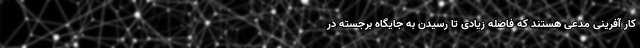
کار آفرینی مدعی هستند که فاصله زیادی تا رسیدن به جایگاه برجسته در